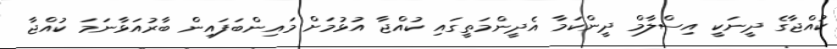
ކުއްޖާގެ ދީނަކީ އިސްލާމް ދީންކަމާ އެދީންމަތީގައި ކުއްޖާ އުޅުމަށް މައިންބަފައިން ބާރުއަޅާނަމަ ކުއްޖާ